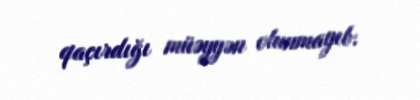
qaçırdığı müəyyən olunmayıb.